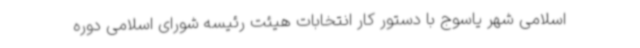
اسلامی شهر یاسوج با دستور کار انتخابات هیئت رئیسه شورای اسلامی دوره